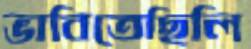
ভাবিতেছিলি